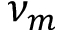
\nu _ { m }